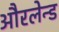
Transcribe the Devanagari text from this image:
औरलेन्ड